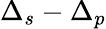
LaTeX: \Delta_{s}-\Delta_{p}